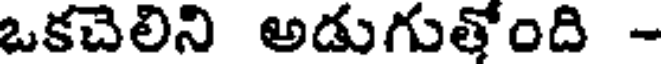
ఒకచెలిని అడుగుతోంది -